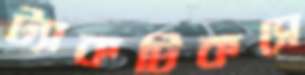
ট্যাকটিকসে